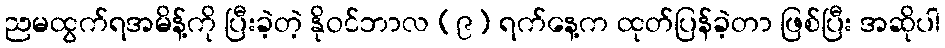
ညမထွက်ရအမိန့်ကို ပြီးခဲ့တဲ့ နိုဝင်ဘာလ (၉) ရက်နေ့က ထုတ်ပြန်ခဲ့တာ ဖြစ်ပြီး အဆိုပါ